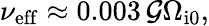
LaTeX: \nu_{\mathrm{eff}}\approx 0.003\, \mathcal{G}\Omega_{\mathrm{i0}},